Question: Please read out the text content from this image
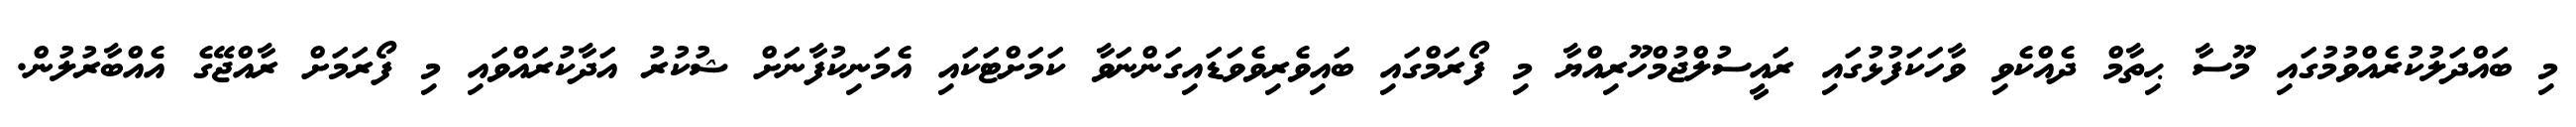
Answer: މި ބައްދަލުކުރެއްވުމުގައި މޫސާ ޙިތާމް ދެއްކެވި ވާހަކަފުޅުގައި ރައީސުލްޖުމްހޫރިއްޔާ މި ފޯރަމްގައި ބައިވެރިވެވަޑައިގަންނަވާ ކަމަށްޓަކައި އެމަނިކުފާނަށް ޝުކުރު އަދާކުރައްވައި މި ފޯރަމަށް ރާއްޖޭގެ އެއްބާރުލުން.